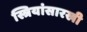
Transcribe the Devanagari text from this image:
स्त्रियांसारखी